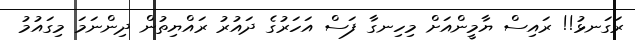
ރަގަނޅު!! ރައިސް ޔާމީންއަށް މިހިނގާ ފަސް އަހަރުގެ ދައުރު ރައްޔިތުން ދިންނަމަ މިގައުމު